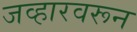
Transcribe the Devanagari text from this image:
जव्हारवरून